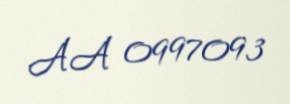
AA 0997093